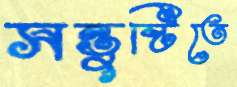
সন্তুষ্টিতে